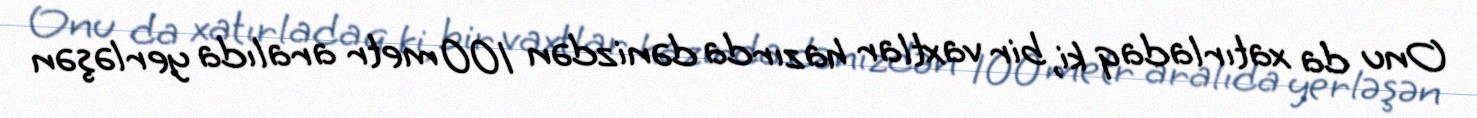
Onu da xatırladaq ki, bir vaxtlar hazırda dənizdən 100 metr aralıda yerləşən